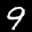
Label: 9